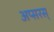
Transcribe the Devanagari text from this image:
अप्सरस्